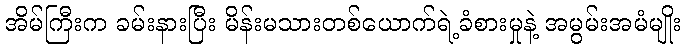
အိမ်ကြီးက ခမ်းနားပြီး မိန်းမသားတစ်ယောက်ရဲ့ခံစားမှုနဲ့ အမွမ်းအမံမျိုး